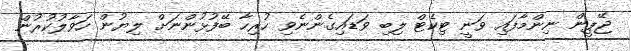
ޖޭޕީން ނިންމާފައި ވަނީ ޓިކެޓް ލިބި ވަޑައިގެންނެވި ހުރިހާ ބޭފުޅުންނަށް ލިޔުން ހަވާލުކުރުން